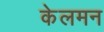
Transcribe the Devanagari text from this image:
केलमन